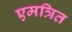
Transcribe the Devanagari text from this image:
एमत्रित